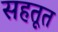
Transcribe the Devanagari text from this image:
सहतूत